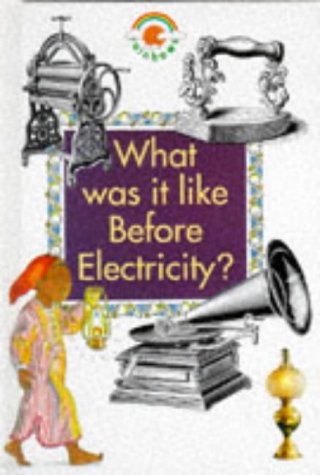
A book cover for What Was It Like Before Electricity? (Rainbows); Paul Bennett; Children's Books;